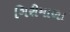
ગિરીમાળા